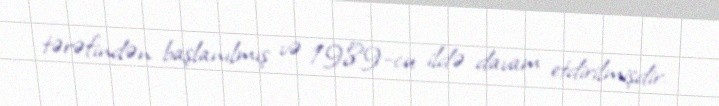
tərəfindən başlanılmış və 1989-cu ildə davam etdirilmişdir.